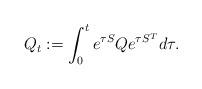
LaTeX: \begin{align*} Q_t:=\int_{0}^{t}e^{\tau S}Qe^{\tau S^T}d\tau.\end{align*}